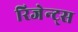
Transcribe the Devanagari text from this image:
रिजेन्ट्स